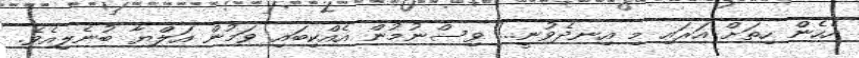
އެހެން ހިތަށް އަރައި މި އިނދެވުނީ..! ވިސްނުމުން އެއްކިބައި ވަމުން އަލްޔާ ބުނެލިއެވެ.